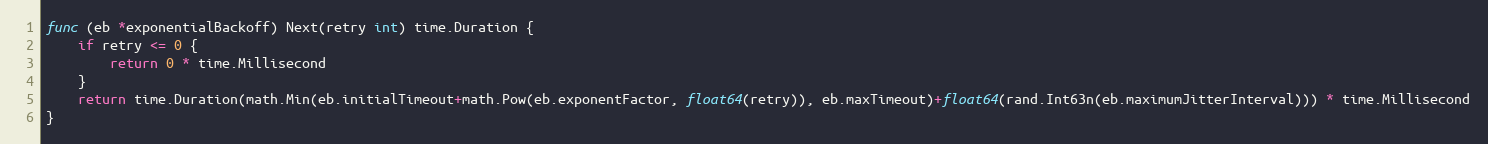
Language: Go
func (eb *exponentialBackoff) Next(retry int) time.Duration {
	if retry <= 0 {
		return 0 * time.Millisecond
	}
	return time.Duration(math.Min(eb.initialTimeout+math.Pow(eb.exponentFactor, float64(retry)), eb.maxTimeout)+float64(rand.Int63n(eb.maximumJitterInterval))) * time.Millisecond
}